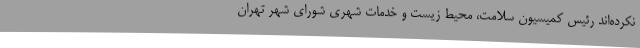
نکرده‌اند رئیس کمیسیون سلامت، محیط زیست و خدمات شهری شورای شهر تهران